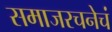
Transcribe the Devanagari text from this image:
समाजरचनेचं